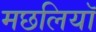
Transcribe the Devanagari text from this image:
मछलियाॅ